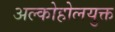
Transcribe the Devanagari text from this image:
अल्कोहोलयुक्त